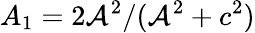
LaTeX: A_{1}=2\mathcal{A}^{2}/(\mathcal{A}^{2}+c^{2})